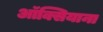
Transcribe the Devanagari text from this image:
ऑक्सियाना